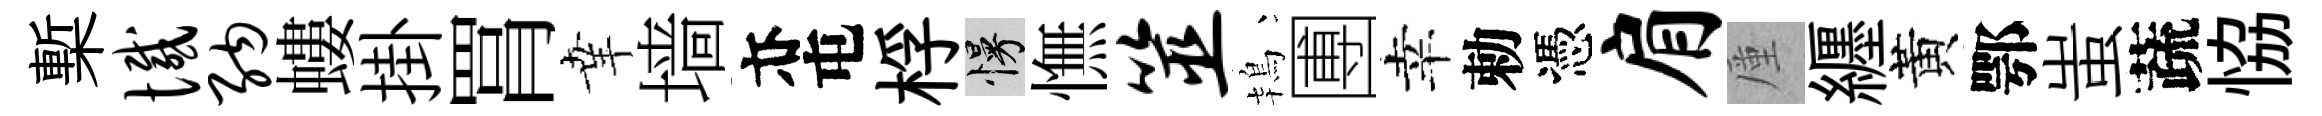
槧憾纳螻掛罥𦍒墙亦屯桴慢憮筮鴇圑幸勅憑肩厪纒黃鄂蚩蔬恊